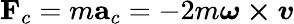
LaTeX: \mathbf{F}_{c}=m\mathbf{a}_{c}=-2m{\boldsymbol{\omega\times v}}